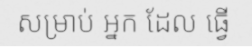
សម្រាប់ អ្នក ដែល ធ្វើ